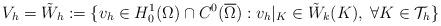
LaTeX: \begin{align*}V_h = \Tilde{W}_h := \{v_h\in H^1_0(\Omega)\cap C^0(\overline{\Omega}): v_h\vert_K \in \Tilde{W}_k(K), \; \forall K\in \mathcal{T}_h \}\end{align*}